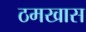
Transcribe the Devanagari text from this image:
ठमखास